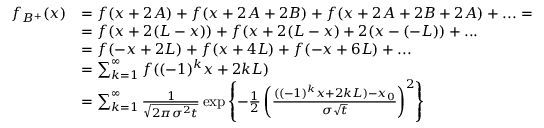
\begin{array} { r l } { f _ { B ^ { + } } ( x ) } & { = f ( x + 2 A ) + f ( x + 2 A + 2 B ) + f ( x + 2 A + 2 B + 2 A ) + . . . = } \\ & { = f ( x + 2 ( L - x ) ) + f ( x + 2 ( L - x ) + 2 ( x - ( - L ) ) + . . . } \\ & { = f ( - x + 2 L ) + f ( x + 4 L ) + f ( - x + 6 L ) + . . . } \\ & { = \sum _ { k = 1 } ^ { \infty } f ( ( - 1 ) ^ { k } x + 2 k L ) } \\ & { = \sum _ { k = 1 } ^ { \infty } \frac { 1 } { \sqrt { 2 \pi \sigma ^ { 2 } t } } \exp \left\lbrace - \frac { 1 } { 2 } \left( \frac { ( ( - 1 ) ^ { k } x + 2 k L ) - x _ { 0 } } { \sigma \sqrt { t } } \right) ^ { 2 } \right\rbrace } \end{array}